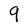
Character: 9